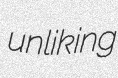
unliking